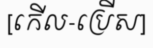
[កើល-ប្រើស]